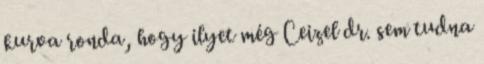
kurva ronda, hogy ilyet még Ceizel dr. sem tudna